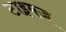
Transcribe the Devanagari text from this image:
टाइमज़